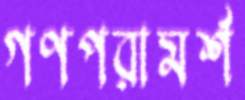
গণপরামর্শ